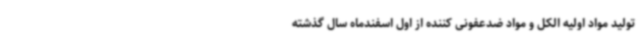
تولید مواد اولیه الکل و مواد ضدعفونی کننده از اول اسفندماه سال گذشته